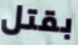
بقتل